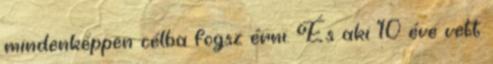
mindenképpen célba fogsz érni. És aki 10 éve vett